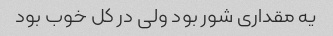
یه مقداری شور بود ولی در کل خوب بود